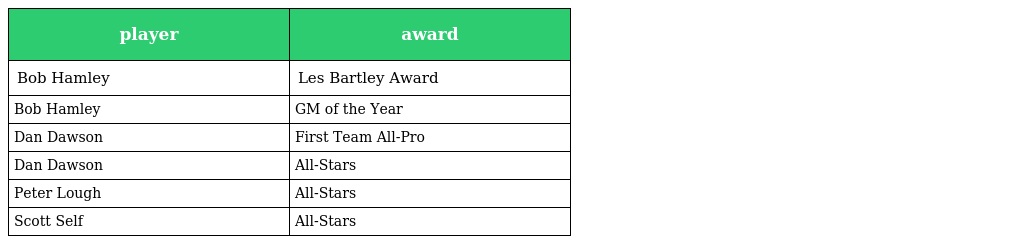
| player | award |
 | --- | --- |
 | Bob Hamley | Les Bartley Award |
 | Bob Hamley | GM of the Year |
 | Dan Dawson | First Team All-Pro |
 | Dan Dawson | All-Stars |
 | Peter Lough | All-Stars |
 | Scott Self | All-Stars |